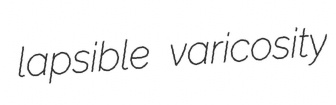
lapsible varicosity